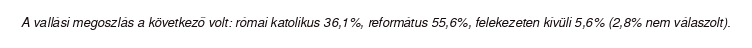
A vallási megoszlás a következő volt: római katolikus 36,1%, református 55,6%, felekezeten kívüli 5,6% (2,8% nem válaszolt).